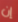
إن